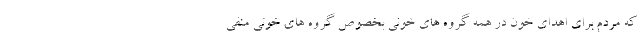
که مردم برای اهدای خون در همه گروه های خونی بخصوص گروه های خونی منفی